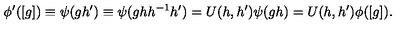
\phi ^ { \prime } ( [ g ] ) \equiv \psi ( g h ^ { \prime } ) \equiv \psi ( g h h ^ { - 1 } h ^ { \prime } ) = U ( h , h ^ { \prime } ) \psi ( g h ) = U ( h , h ^ { \prime } ) \phi ( [ g ] ) .